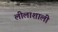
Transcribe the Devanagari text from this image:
लीलाशाली